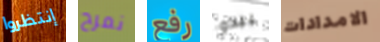
إنتظروا نمرح رفع يبدو الامدادات